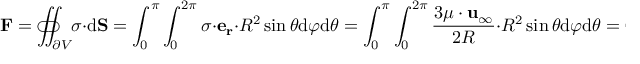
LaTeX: \mathbf { F } = \iint _ { \partial V } \! \! \! \! \! \! \! \! \! \! \! \! \! \! \subset \! \supset \; { \boldsymbol { \sigma } } \cdot { \mathrm { d } } \mathbf { S } = \int _ { 0 } ^ { \pi } \int _ { 0 } ^ { 2 \pi } { \boldsymbol { \sigma } } \cdot \mathbf { e _ { r } } \cdot R ^ { 2 } \sin \theta { \mathrm { d } } \varphi { \mathrm { d } } \theta = \int _ { 0 } ^ { \pi } \int _ { 0 } ^ { 2 \pi } { \frac { 3 \mu \cdot \mathbf { u } _ { \infty } } { 2 R } } \cdot R ^ { 2 } \sin \theta { \mathrm { d } } \varphi { \mathrm { d } } \theta = 6 \pi \mu R \cdot \mathbf { u } _ { \infty }